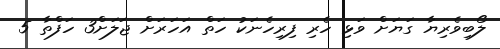
ލޯބިވެރިޔާ ގަޔަށް ވަޅި ހެރި ފިރިހެނަކު ހަތް އަހަަރަށް ޖަލަށް3 ހަފްތާ 5